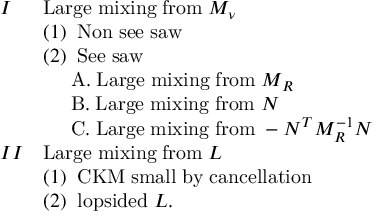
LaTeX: \begin{array} { l l } { { I } } & { { \mathrm { L a r g e \; m i x i n g \; f r o m } \; M _ { \nu } } } \\ { { } } & { { ( 1 ) \; \; \mathrm { N o n \; s e e \; s a w } } } \\ { { } } & { { ( 2 ) \; \; \mathrm { S e e \; s a w } } } \\ { { } } & { { \; \; \; \; \; \mathrm { A . \; L a r g e \; m i x i n g \; f r o m } \; M _ { R } } } \\ { { } } & { { \; \; \; \; \; \mathrm { B . \; L a r g e \; m i x i n g \; f r o m } \; N } } \\ { { } } & { { \; \; \; \; \; \mathrm { C . \; L a r g e \; m i x i n g \; f r o m } \; - N ^ { T } M _ { R } ^ { - 1 } N } } \\ { { I I } } & { { \mathrm { L a r g e \; m i x i n g \; f r o m } \; L } } \\ { { } } & { { ( 1 ) \; \; \mathrm { C K M \; s m a l l \; b y \; c a n c e l l a t i o n } } } \\ { { } } & { { ( 2 ) \; \; \mathrm { l o p s i d e d } \; L . } } \end{array}